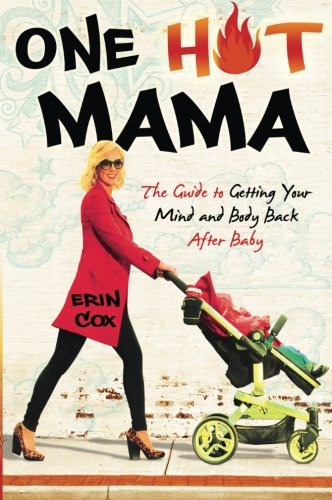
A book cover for One Hot Mama: The Guide to Getting Your Mind and Body Back After Baby; Erin Cox; Health, Fitness & Dieting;